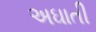
અઘાતી